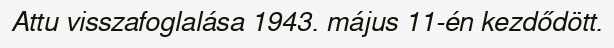
Attu visszafoglalása 1943. május 11-én kezdődött.